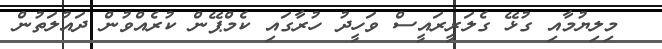
މިލިޔުމާއި ގުޅޭ ގެލަރީރައީސް ވަހީދު ހުރާގައި ކެމްޕޭން ކުރެއްވުން ދައުލަތުން